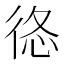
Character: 𢓿